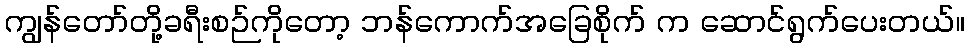
ကျွန်တော်တို့ခရီးစဉ်ကိုတော့ ဘန်ကောက်အခြေစိုက် က ဆောင်ရွက်ပေးတယ်။